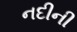
નદીની